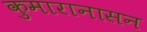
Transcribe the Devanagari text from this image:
कुमारानासन